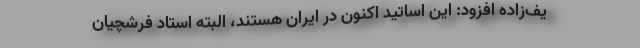
یف‌زاده افزود: این اساتید اکنون در ایران هستند، البته استاد فرشچیان